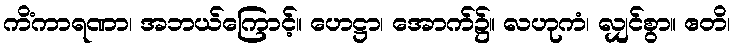
ကိံကာရဏာ၊ အဘယ်ကြောင့်။ ဟေဋ္ဌာ၊ အောက်၌။ လဟုကံ၊ လျှင်စွာ။ ဧတိ၊